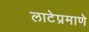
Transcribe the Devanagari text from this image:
लाटेप्रमाणे